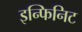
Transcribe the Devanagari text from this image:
इन्फिनिट